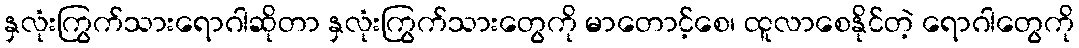
နှလုံးကြွက်သားရောဂါဆိုတာ နှလုံးကြွက်သားတွေကို မာတောင့်စေ၊ ထူလာစေနိုင်တဲ့ ရောဂါတွေကို